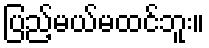
ပြည့်မယ်မထင်ဘူး။